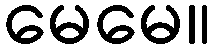
မေမေ။